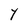
Character: Y